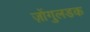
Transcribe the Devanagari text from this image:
ज़ोंगुलडक